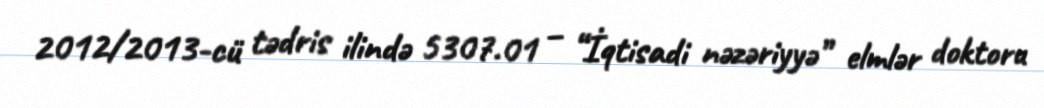
2012/2013-cü tədris ilində 5307.01 – “İqtisadi nəzəriyyə” elmlər doktoru